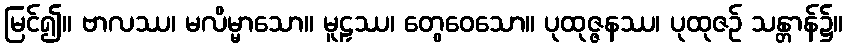
မြင်၍။ ဗာလဿ၊ မလိမ္မာသော။ မူဠှဿ၊ တွေဝေသော။ ပုထုဇ္ဇနဿ၊ ပုထုဇဉ် သန္တာန်၌။